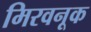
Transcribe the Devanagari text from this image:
मिरवनूक